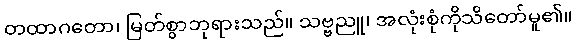
တထာဂတော၊ မြတ်စွာဘုရားသည်။ သဗ္ဗညူ၊ အလုံးစုံကိုသိတော်မူ၏။